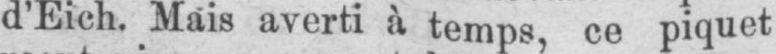
d’Eich. Mais averti à temps, ce piquet